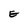
Character: E